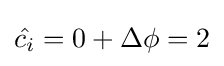
{\hat {c_{i}}}=0+\Delta \phi =2